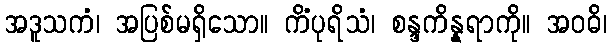
အဒူသကံ၊ အပြစ်မရှိသော။ ကိံပုရိသံ၊ စန္ဒကိန္နရာကို။ အဝဓိ၊